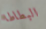
البطاطا